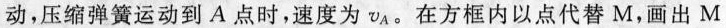
动，压缩弹簧运动到A点时，速度为v_{A}。在方框内以点代替M，画出M